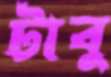
টাবু